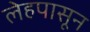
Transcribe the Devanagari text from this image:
लेहपासून